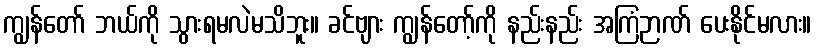
ကျွန်တော် ဘယ်ကို သွားရမလဲမသိဘူး။ ခင်ဗျား ကျွန်တော့်ကို နည်းနည်း အကြံဉာဏ် ပေးနိုင်မလား။